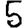
Digit: 5